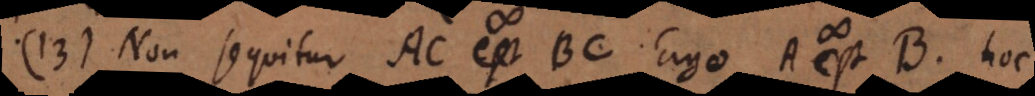
13) Non sequitur: AC est BC. Ergo A est B. Hoc